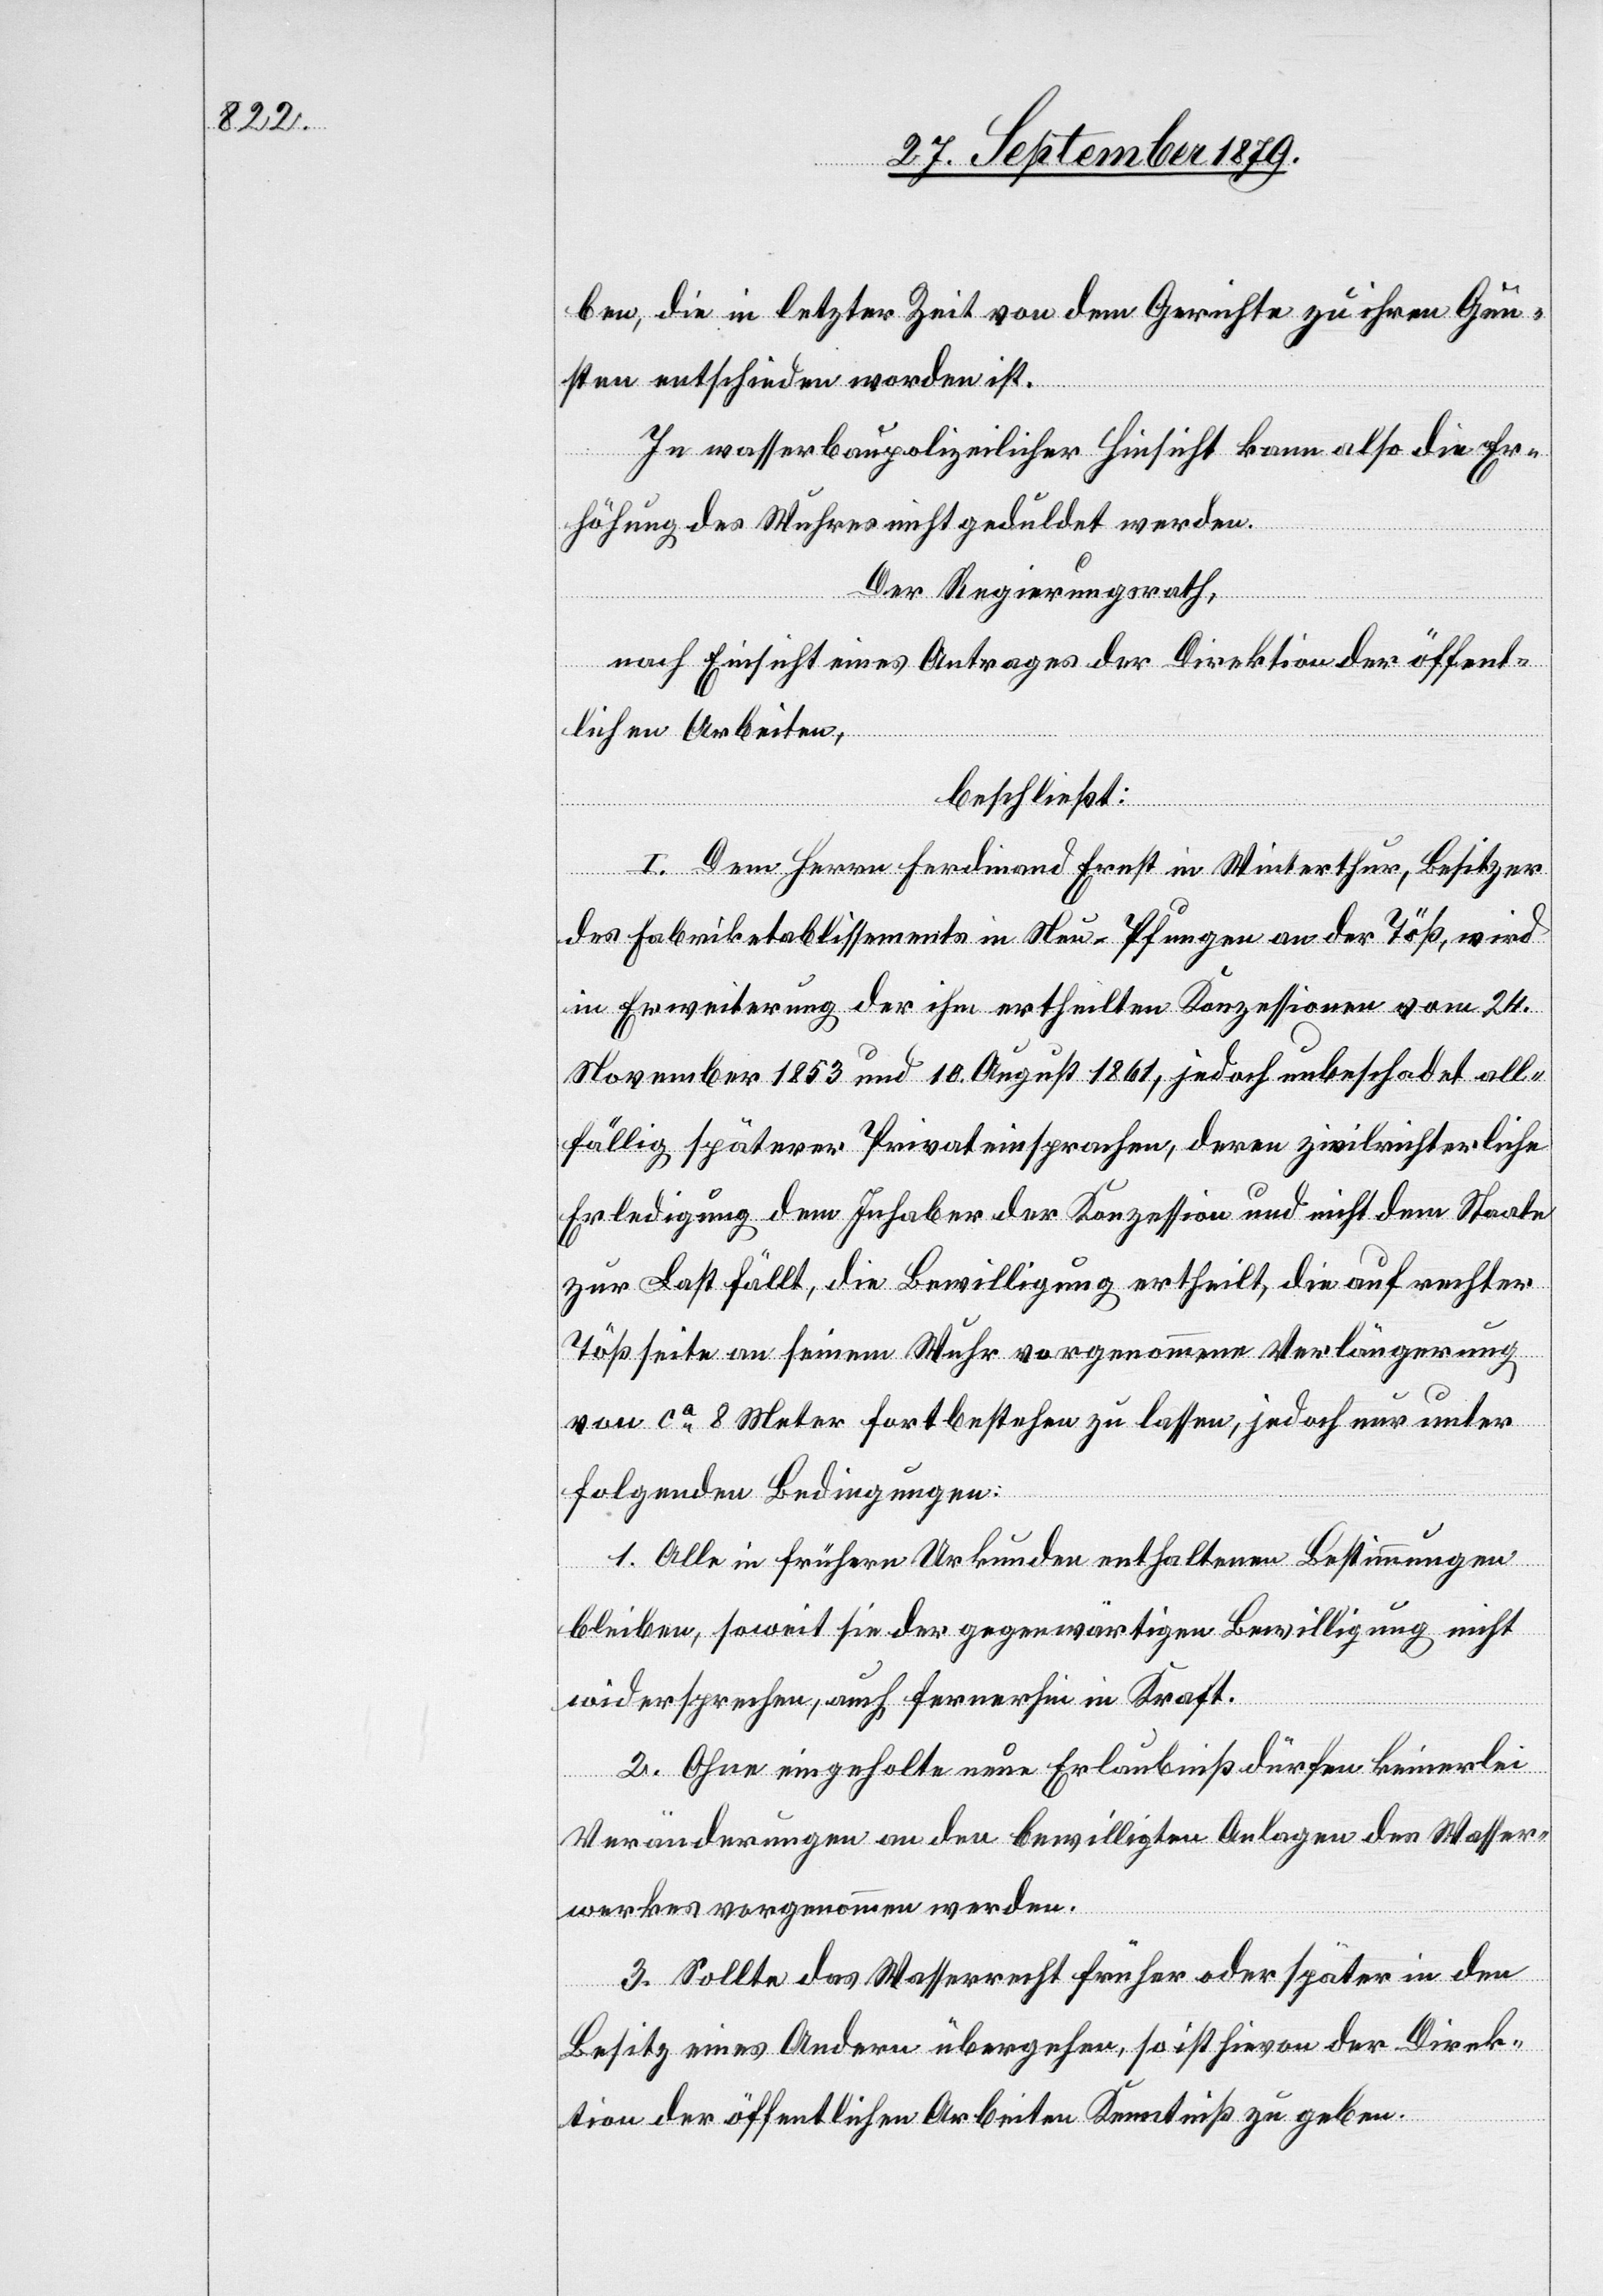
ben, die in letzter Zeit von dem Gerichte zu ihren Gun¬
sten entschieden worden ist.
In wasserbaupolizeilicher Hinsicht kann also die Er¬
höhung des Wuhres nicht geduldet werden.
Der Regierungsrath,
nach Einsicht eines Antrages der Direktion der öffent¬
lichen Arbeiten,
beschließt:
I. Dem Herren Ferdinand Ernst in Winterthur, Besitzer
des Fabriketablissements in Neu-Pfungen an der Töß, wird
in Erweiterung der ihm ertheilten Konzessionen vom 24.
November 1853 und 10. August 1861, jedoch unbeschadet all¬
fällig späterer Privateinsprachen, deren zivilrichterliche
Erledigung dem Inhaber der Konzession und nicht dem Staate
zur Last fällt, die Bewilligung ertheilt, die auf rechter
Tößseite an seinem Wuhr vorgenommene Verlängerung
von ca 8 Meter fortbestehen zu lassen, jedoch nur unter
folgenden Bedingungen:
1. Alle in frühern Urkunden enthaltenen Bestimmungen
bleiben, soweit sie der gegenwärtigen Bewilligung nicht
widersprechen, auch fernerhin in Kraft.
2. Ohne eingeholte neue Erlaubniß dürfen keinerlei
Veränderung an den bewilligten Anlagen des Wasser¬
werkes vorgenommen werden.
3. Sollte das Wasserrecht früher oder später in den
Besitz eines Andern übergehen, so ist hievon der Direk¬
tion der öffentlichen Arbeiten Kenntniß zu geben.